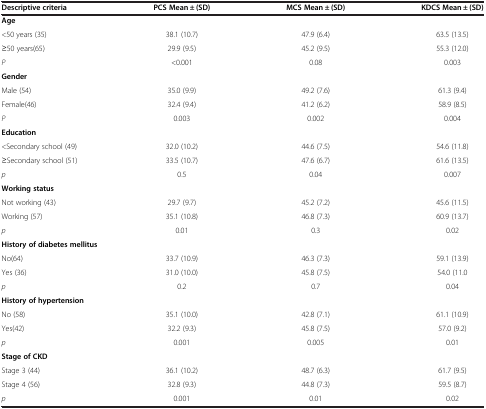
<table><thead><tr><td><b>Descriptive criteria</b></td><td><b>PCS Mean ± (SD)</b></td><td><b>MCS Mean ± (SD)</b></td><td><b>KDCS Mean ± (SD)</b></td></tr></thead><tbody><tr><td colspan="4"><b>Age</b></td></tr><tr><td>&lt;50 years (35)</td><td>38.1 (10.7)</td><td>47.9 (6.4)</td><td>63.5 (13.5)</td></tr><tr><td>≥50 years(65)</td><td>29.9 (9.5)</td><td>45.2 (9.5)</td><td>55.3 (12.0)</td></tr><tr><td><i>P</i></td><td>&lt;0.001</td><td>0.08</td><td>0.003</td></tr><tr><td colspan="4"><b>Gender</b></td></tr><tr><td>Male (54)</td><td>35.0 (9.9)</td><td>49.2 (7.6)</td><td>61.3 (9.4)</td></tr><tr><td>Female(46)</td><td>32.4 (9.4)</td><td>41.2 (6.2)</td><td>58.9 (8.5)</td></tr><tr><td><i>P</i></td><td>0.003</td><td>0.002</td><td>0.004</td></tr><tr><td colspan="4"><b>Education</b></td></tr><tr><td>&lt;Secondary school (49)</td><td>32.0 (10.2)</td><td>44.6 (7.5)</td><td>54.6 (11.8)</td></tr><tr><td>≥Secondary school (51)</td><td>33.5 (10.7)</td><td>47.6 (6.7)</td><td>61.6 (13.5)</td></tr><tr><td><i>p</i></td><td>0.5</td><td>0.04</td><td>0.007</td></tr><tr><td colspan="4"><b>Working status</b></td></tr><tr><td>Not working (43)</td><td>29.7 (9.7)</td><td>45.2 (7.2)</td><td>45.6 (11.5)</td></tr><tr><td>Working (57)</td><td>35.1 (10.8)</td><td>46.8 (7.3)</td><td>60.9 (13.7)</td></tr><tr><td><i>p</i></td><td>0.01</td><td>0.3</td><td>0.02</td></tr><tr><td colspan="4"><b>History of diabetes mellitus</b></td></tr><tr><td>No(64)</td><td>33.7 (10.9)</td><td>46.3 (7.3)</td><td>59.1 (13.9)</td></tr><tr><td>Yes (36)</td><td>31.0 (10.0)</td><td>45.8 (7.5)</td><td>54.0 (11.0</td></tr><tr><td><i>p</i></td><td>0.2</td><td>0.7</td><td>0.04</td></tr><tr><td colspan="4"><b>History of hypertension</b></td></tr><tr><td>No (58)</td><td>35.1 (10.0)</td><td>42.8 (7.1)</td><td>61.1 (10.9)</td></tr><tr><td>Yes(42)</td><td>32.2 (9.3)</td><td>45.8 (7.5)</td><td>57.0 (9.2)</td></tr><tr><td><i>p</i></td><td>0.001</td><td>0.005</td><td>0.01</td></tr><tr><td colspan="4"><b>Stage of CKD</b></td></tr><tr><td>Stage 3 (44)</td><td>36.1 (10.2)</td><td>48.7 (6.3)</td><td>61.7 (9.5)</td></tr><tr><td>Stage 4 (56)</td><td>32.8 (9.3)</td><td>44.8 (7.3)</td><td>59.5 (8.7)</td></tr><tr><td><i>p</i></td><td>0.001</td><td>0.01</td><td>0.02</td></tr></tbody></table>